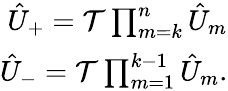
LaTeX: \begin{array}{r}{\hat{U}_{+}=\mathcal{T}\prod_{m=k}^{n}\hat{U}_{m}}\\ {\hat{U}_{-}=\mathcal{T}\prod_{m=1}^{k-1}\hat{U}_{m}.}\end{array}